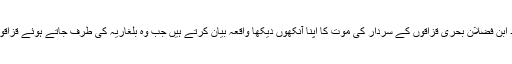
دسویں صدی عیسوی کے عرب مصنف احمد ابن فضلان بحری قزاقوں کے سردار کی موت کا اپنا آنکھوں دیکھا واقعہ بیان کرتے ہیں جب وہ بلغاریہ کی طرف جاتے ہوئے قزاقوں کے ایک گروہ کے ہتھے چڑھ گئے تھے۔